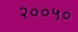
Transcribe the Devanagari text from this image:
२००५०